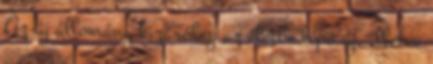
Az új állomány kizárólag az életbe lépő új, illetve